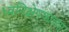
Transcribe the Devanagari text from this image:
ध्वनिक्षेपकाच्या